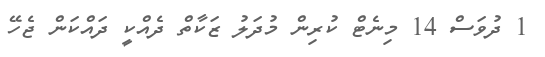
1 ދުވަސް 14 މިނެޓް ކުރިން މުދަލު ޒަކާތް ދެއްކީ ދައްކަން ޖެހޭ